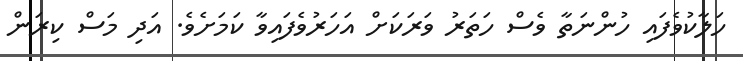
ހަލާކުވެފައި ހުންނަތާ ވެސް ހަތަރު ވަރަކަށް އަހަރުވެފައިވާ ކަމަށެވެ. އަދި މަސް ކިރަން